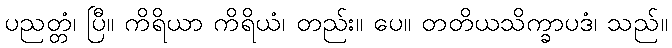
ပညတ္တံ၊ ပြီ။ ကိရိယာ ကိရိယံ၊ တည်း။ ပေ။ တတိယသိက္ခာပဒံ၊ သည်။